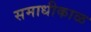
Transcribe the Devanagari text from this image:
समाधीकाळ